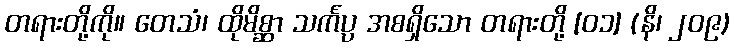
တရားတို့ကို။ တေသံ၊ ထိုမိစ္ဆာ သင်္ကပ္ပ အစရှိသော တရားတို့ [၀၁] (နိ၊ ၂၀၉)